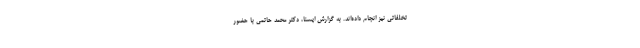
تخلفاتی نیز انجام داده‌اند. به گزارش ایسنا، دکتر محمد حاتمی با حضور